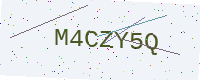
Text: M4CZY5Q